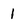
Character: 1